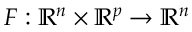
F : \mathbb { R } ^ { n } \times \mathbb { R } ^ { p } \rightarrow \mathbb { R } ^ { n }